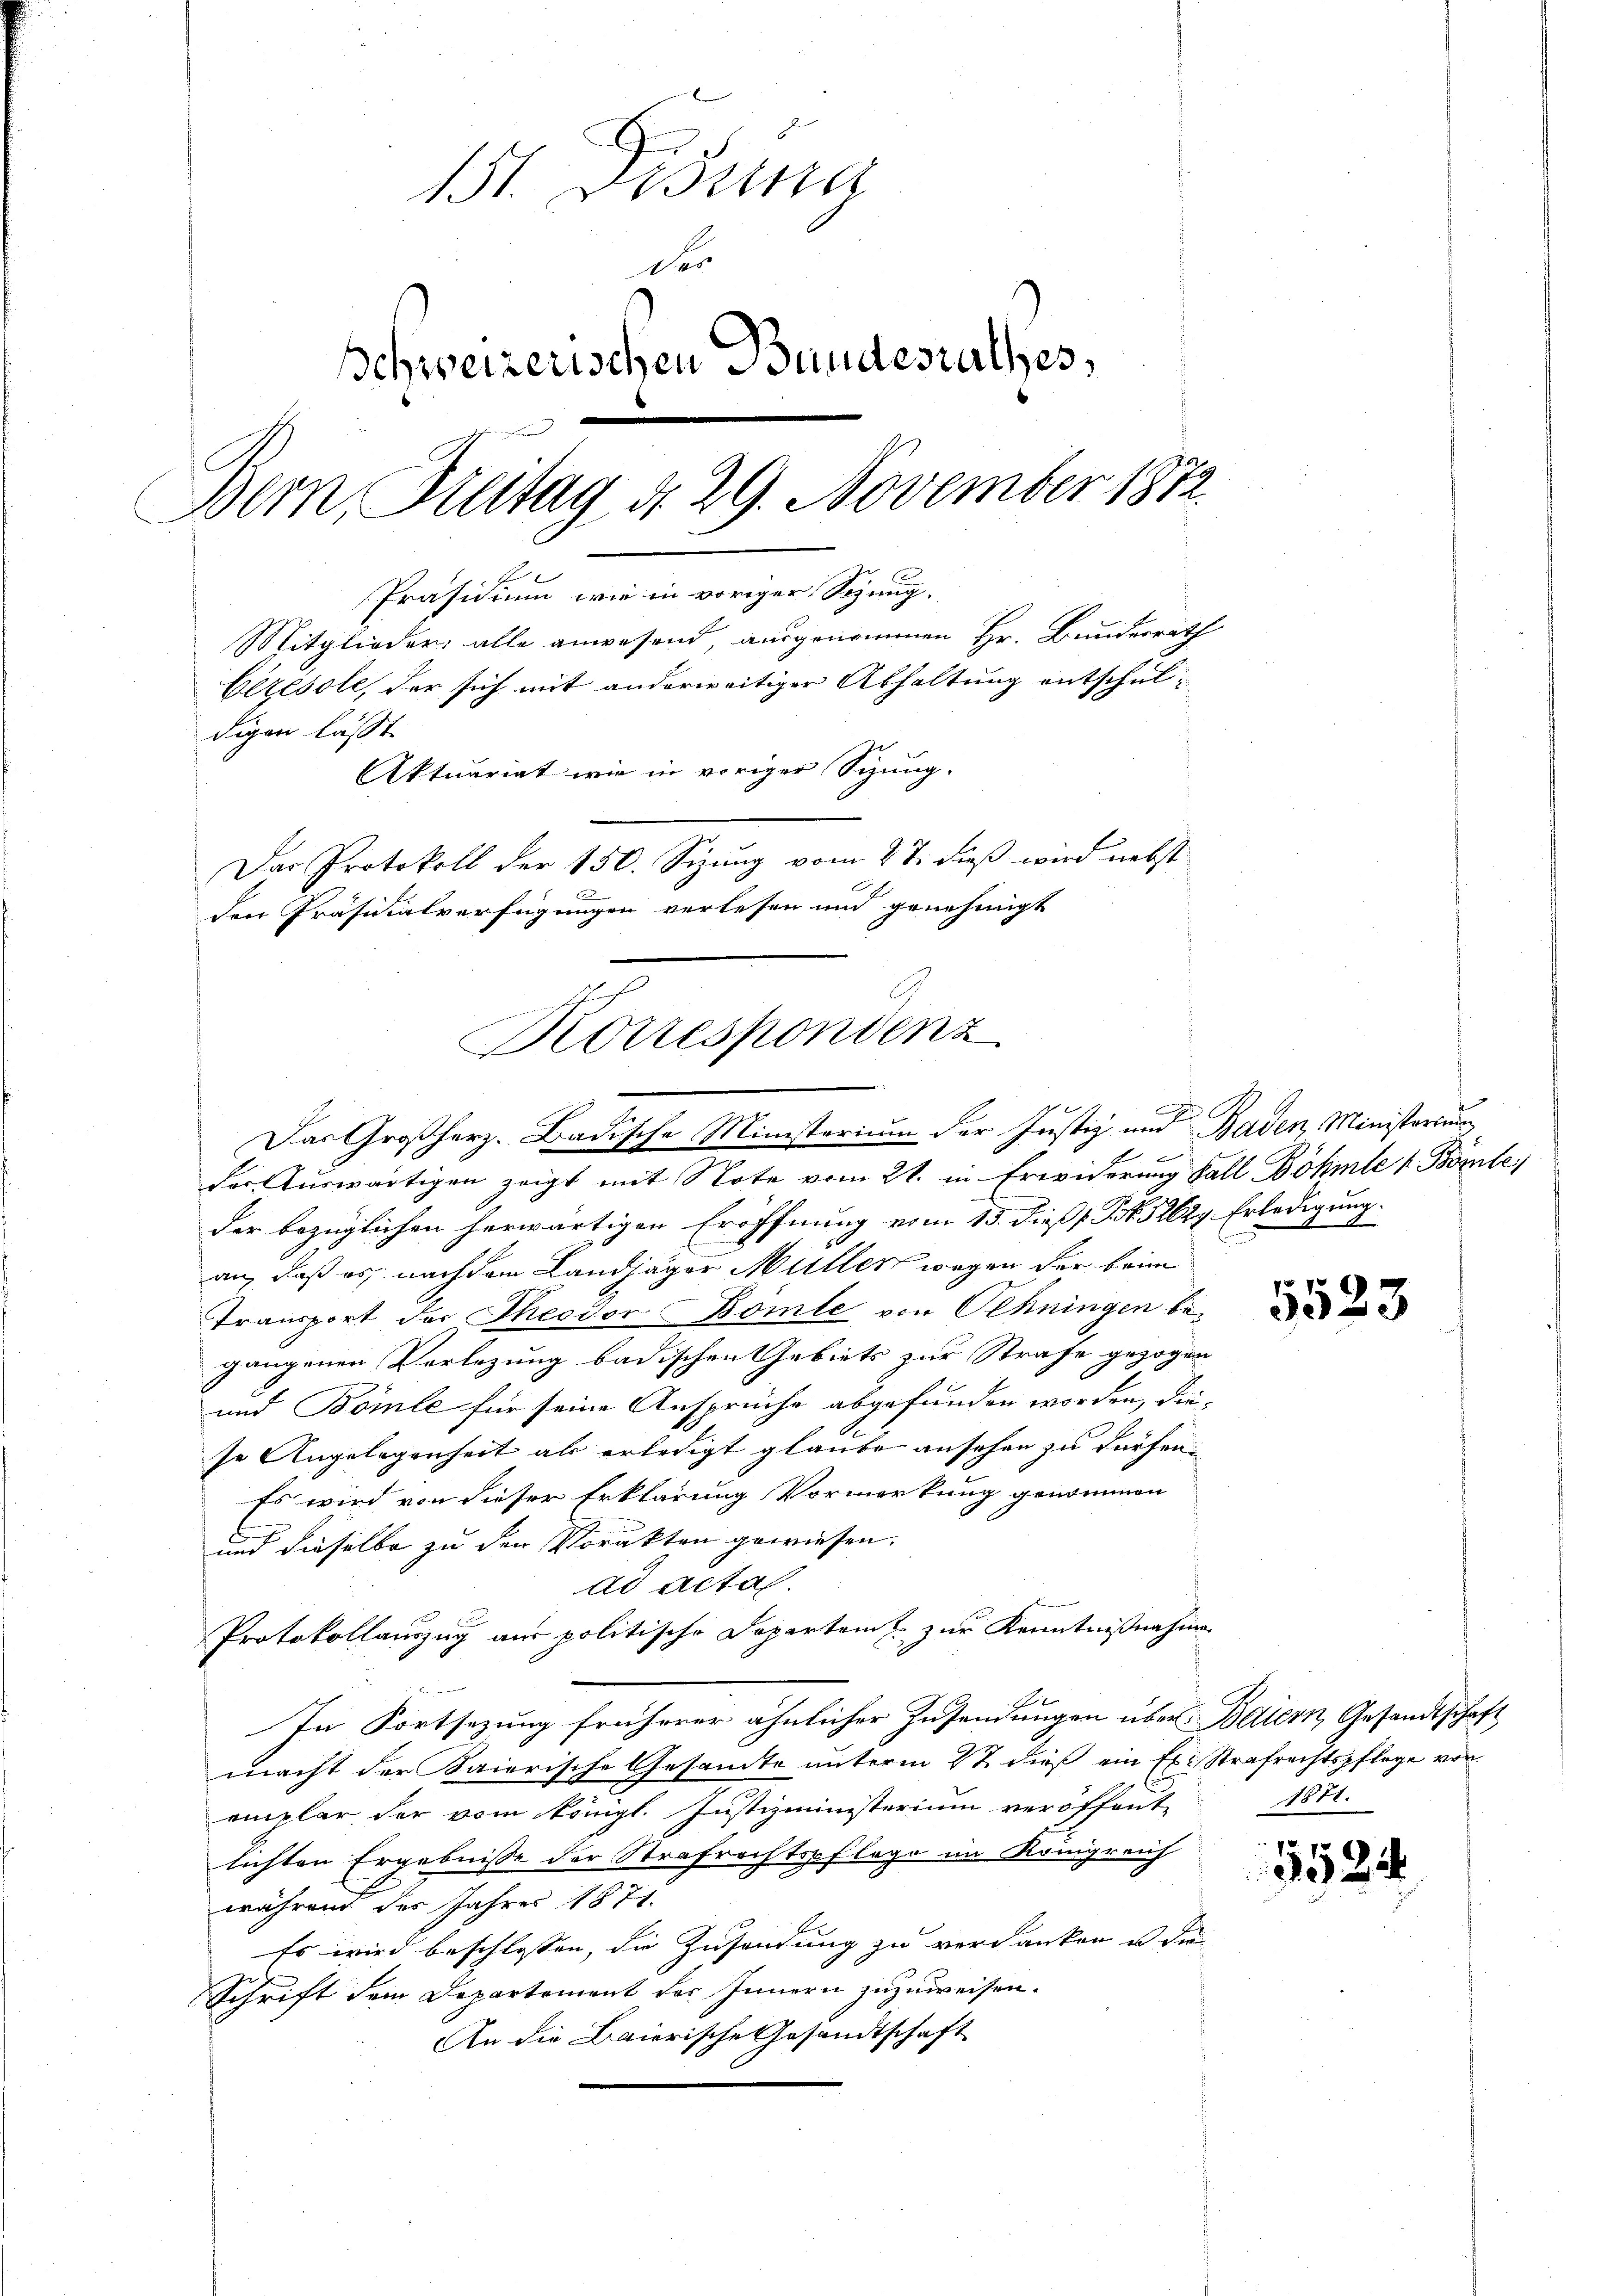
11. Disena
der
schweizerischen Bundesrathes,
Bern, Freitag d. 29. November 1872
2
Präsidium wie in voriger Sitzung.
Mitglieder alle anwesend, ausgenommen Hr. Bundesrath
Ceresole, der sich mit anderweitiger Abhaltung entschuldigen lässt.
Aktuariat wie in voriger Sitzung.
Das Protokoll der 150. Sizung vom 27. dieß wird nebst
der Präsidialverfügungen verlesen und genehmigt

Korrespondenz
2
Das Großherz. Badische Ministerium der Justiz und Baden, Ministerium

der Auswärtigen zeigt mit Note vom 21. in Erwiderung Fall Döhmle 1 Bömbe
der bezüglichen herwärtigen Eröffnung vom 15. dieß Frk. 12629. Erledigung.
an, daß es nach dem Landjäger Müller wegen der beim
Transport der Theodor Bömle von Oehningen be-
gangenen Verlegung badischen Gebiets zur Strafe gezogen
und Bömle für seine Ansprüche abgefunden worden, diese Angelegenheit als erledigt glaube ansehen zu dürfen.
Es wird von dieser Erklärung Vormerkung genommen
und dieselbe zu den Vorakten gewiesen.
ad acta.
in
Protokollauszug aus politische Departamt zur Kenntnißnahme
In Fortsezung früherer ähnlicher Zusendungen über Bettern, Gesandtschaft
macht der Saierische Gesandte unterm 2t dieß ein Ex. Strafrechtspflege von
emplar, der vom Königl. Justizministerium veröffent-
lichten Ergebnisse der Strafrechtspflege im Königreich
während der Jahres 1871.
Es wird beschlossen, die Zusendung zu verdanken u. die
Schrift dem Departement des Innern zuzuweisen.
An die Baierische Gesandtschaft

9

5523

1871.

5524